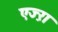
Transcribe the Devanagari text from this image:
एज्ऱा